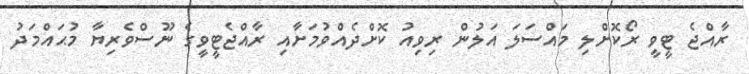
ރާއްޖެ ޓީވީ ރޯކޮށްލި މައްސަލަ އަލުން ރިވިއު ކޮށްދެއްވުމަށާއި ރާއްޖެޓީވީގެ ނޫސްވެރިޔާ މުޙައްމަދު